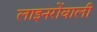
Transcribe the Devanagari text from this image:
लाइनरोंवाली